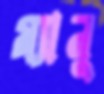
ম্যানু